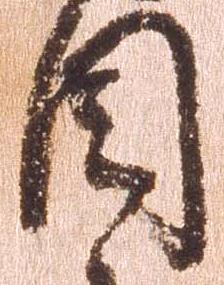
目